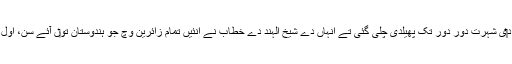
مغربی ایشیا وچ اُنہاں د‏‏ی شہرت دور دور تک پھیلدی چلی گئی تے اِنہاں دے شیخ الہند دے خطاب نے اُنئيں تمام زائرین وچ جو ہندوستان تو‏ں آئے سن، اَوَّل درجہ دا رتبہ دے دتا۔